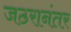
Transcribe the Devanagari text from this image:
जठरानंतर